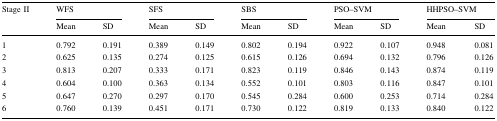
<table><thead><tr><td rowspan="2"><b>Stage II</b></td><td colspan="2"><b>WFS</b></td><td colspan="2"><b>SFS</b></td><td colspan="2"><b>SBS</b></td><td colspan="2"><b>PSO–SVM</b></td><td colspan="2"><b>HHPSO–SVM</b></td></tr><tr><td><b>Mean</b></td><td><b>SD</b></td><td><b>Mean</b></td><td><b>SD</b></td><td><b>Mean</b></td><td><b>SD</b></td><td><b>Mean</b></td><td><b>SD</b></td><td><b>Mean</b></td><td><b>SD</b></td></tr></thead><tbody><tr><td>1</td><td>0.792</td><td>0.191</td><td>0.389</td><td>0.149</td><td>0.802</td><td>0.194</td><td>0.922</td><td>0.107</td><td>0.948</td><td>0.081</td></tr><tr><td>2</td><td>0.625</td><td>0.135</td><td>0.274</td><td>0.125</td><td>0.615</td><td>0.126</td><td>0.694</td><td>0.132</td><td>0.796</td><td>0.126</td></tr><tr><td>3</td><td>0.813</td><td>0.207</td><td>0.333</td><td>0.171</td><td>0.823</td><td>0.119</td><td>0.846</td><td>0.143</td><td>0.874</td><td>0.119</td></tr><tr><td>4</td><td>0.604</td><td>0.100</td><td>0.363</td><td>0.134</td><td>0.552</td><td>0.101</td><td>0.803</td><td>0.116</td><td>0.847</td><td>0.101</td></tr><tr><td>5</td><td>0.647</td><td>0.270</td><td>0.297</td><td>0.170</td><td>0.545</td><td>0.284</td><td>0.600</td><td>0.253</td><td>0.714</td><td>0.284</td></tr><tr><td>6</td><td>0.760</td><td>0.139</td><td>0.451</td><td>0.171</td><td>0.730</td><td>0.122</td><td>0.819</td><td>0.133</td><td>0.840</td><td>0.122</td></tr></tbody></table>